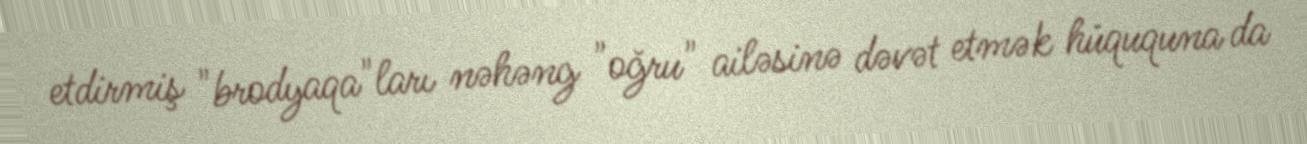
etdirmiş "brodyaqa"ları nəhəng "oğru" ailəsinə dəvət etmək hüququna da